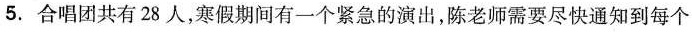
5.合唱团共有28人,寒假期间有一个紧急的演出,陈老师需要尽快通知到每个